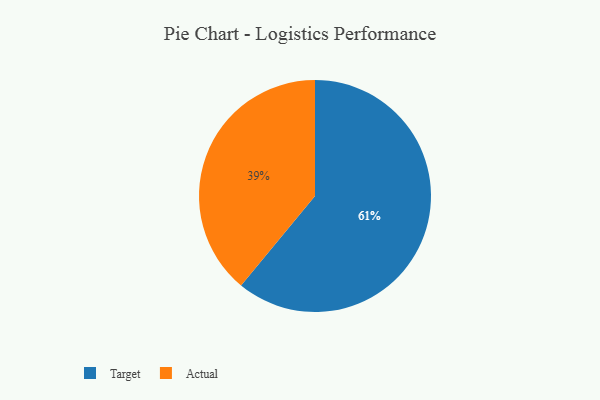
{"axis": {"x": "Category", "y": "Percentage"}, "legend": ["Actual", "Target"], "data": [{"x": "Target", "y": 61, "type": "Target"}, {"x": "Actual", "y": 39, "type": "Actual"}]}